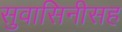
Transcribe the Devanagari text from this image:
सुवासिनीसह